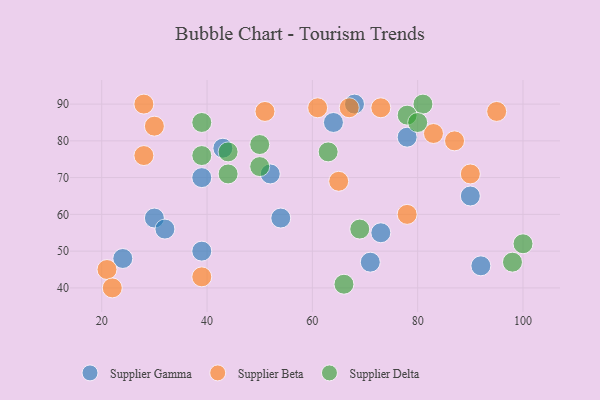
{"axis": {"x": "GDP", "y": "Life Expectancy"}, "legend": ["Supplier Beta", "Supplier Delta", "Supplier Gamma"], "data": [{"x": "92", "y": 46, "type": "Supplier Gamma"}, {"x": "39", "y": 70, "type": "Supplier Gamma"}, {"x": "24", "y": 48, "type": "Supplier Gamma"}, {"x": "30", "y": 59, "type": "Supplier Gamma"}, {"x": "68", "y": 90, "type": "Supplier Gamma"}, {"x": "43", "y": 78, "type": "Supplier Gamma"}, {"x": "71", "y": 47, "type": "Supplier Gamma"}, {"x": "52", "y": 71, "type": "Supplier Gamma"}, {"x": "32", "y": 56, "type": "Supplier Gamma"}, {"x": "78", "y": 81, "type": "Supplier Gamma"}, {"x": "73", "y": 55, "type": "Supplier Gamma"}, {"x": "39", "y": 50, "type": "Supplier Gamma"}, {"x": "54", "y": 59, "type": "Supplier Gamma"}, {"x": "64", "y": 85, "type": "Supplier Gamma"}, {"x": "90", "y": 65, "type": "Supplier Gamma"}, {"x": "83", "y": 82, "type": "Supplier Beta"}, {"x": "61", "y": 89, "type": "Supplier Beta"}, {"x": "28", "y": 76, "type": "Supplier Beta"}, {"x": "67", "y": 89, "type": "Supplier Beta"}, {"x": "95", "y": 88, "type": "Supplier Beta"}, {"x": "73", "y": 89, "type": "Supplier Beta"}, {"x": "87", "y": 80, "type": "Supplier Beta"}, {"x": "39", "y": 43, "type": "Supplier Beta"}, {"x": "65", "y": 69, "type": "Supplier Beta"}, {"x": "30", "y": 84, "type": "Supplier Beta"}, {"x": "78", "y": 60, "type": "Supplier Beta"}, {"x": "21", "y": 45, "type": "Supplier Beta"}, {"x": "22", "y": 40, "type": "Supplier Beta"}, {"x": "28", "y": 90, "type": "Supplier Beta"}, {"x": "51", "y": 88, "type": "Supplier Beta"}, {"x": "90", "y": 71, "type": "Supplier Beta"}, {"x": "81", "y": 90, "type": "Supplier Delta"}, {"x": "50", "y": 79, "type": "Supplier Delta"}, {"x": "66", "y": 41, "type": "Supplier Delta"}, {"x": "44", "y": 77, "type": "Supplier Delta"}, {"x": "63", "y": 77, "type": "Supplier Delta"}, {"x": "50", "y": 73, "type": "Supplier Delta"}, {"x": "39", "y": 85, "type": "Supplier Delta"}, {"x": "78", "y": 87, "type": "Supplier Delta"}, {"x": "98", "y": 47, "type": "Supplier Delta"}, {"x": "44", "y": 71, "type": "Supplier Delta"}, {"x": "39", "y": 76, "type": "Supplier Delta"}, {"x": "80", "y": 85, "type": "Supplier Delta"}, {"x": "69", "y": 56, "type": "Supplier Delta"}, {"x": "100", "y": 52, "type": "Supplier Delta"}]}